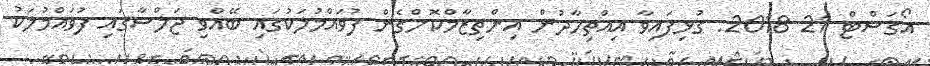
އޯގަސްޓް 21 2018: ގުޅިފައިވާ އިއްތިހާދުން އިންތިޒާމްކޮށްގެން ފުވައްމުލަކުގައި ބޭއްވި ޖަލްސާގައި ފުވައްމުލަކު